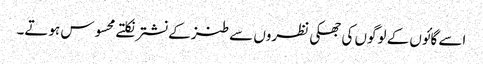
اسے گائوں کے لوگوں کی جھکی نظروں سے طنز کے نشترنکلتے محسوس ہوتے۔